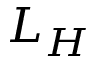
L _ { H }